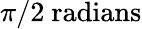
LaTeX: \pi/2~\mathrm{radians}